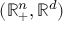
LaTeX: ( \mathbb { R } _ { + } ^ { n } , \mathbb { R } ^ { d } )